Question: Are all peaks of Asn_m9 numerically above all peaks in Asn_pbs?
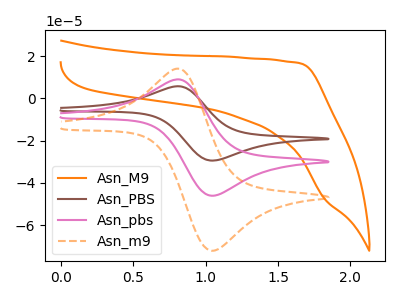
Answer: <think>The orange curve "Asn_M9" has no peaks. The brown curve "Asn_PBS" has an anodic peak at (0.80V, 17.95uA) and a cathodic peak at (1.05V, -92.20uA). The pink curve "Asn_pbs" has an anodic peak at (0.80V, 9.00uA) and a cathodic peak at (1.05V, -46.10uA). The orange dashed curve "Asn_m9" has an anodic peak at (0.80V, 14.05uA) and a cathodic peak at (1.05V, -72.15uA).</think>
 <answer>Every peak in "Asn_m9" is higher than every peak in "Asn_pbs".</answer>
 <eval>higher</eval>